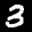
Label: 3